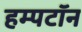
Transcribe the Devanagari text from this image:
हम्पटॉन